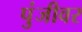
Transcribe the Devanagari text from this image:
पुंजीवर